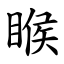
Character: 睺